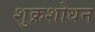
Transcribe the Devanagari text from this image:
शुक्रशोधन